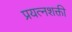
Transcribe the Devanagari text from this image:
प्रयत्‍नशक्ती